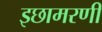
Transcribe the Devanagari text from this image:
इछामरणी